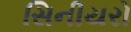
સિનીયરો